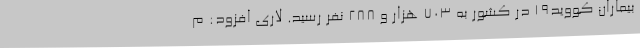
بیماران کووید19 در کشور به 703 هزار و 288 نفر رسید. لاری افزود: م